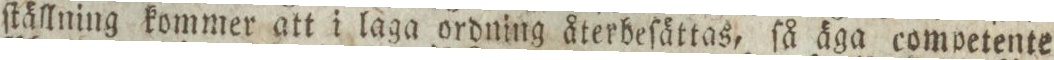
ſtällning kommer att i laga ordning återbeſättas, ſå äga competente